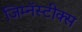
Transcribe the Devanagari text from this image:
जिम्नॅस्टीक्स